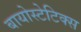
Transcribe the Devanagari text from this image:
बायोस्टेटिक्स